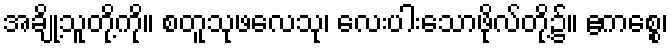
အချို့သူတို့ကို။ စတူသုဖလေသု၊ လေးပါးသောဖိုလ်တို့၌။ ဧကစ္စေ၊